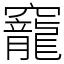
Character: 竉